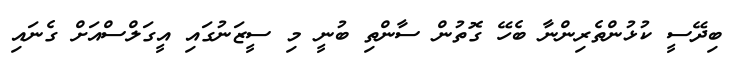
ބިދޭސީ ކުޅުންތެރިންނާ ބެހޭ ގޮތުން ސާންތި ބުނީ މި ސީޒަނުގައި އީގަލްސްއަށް ގެނައި